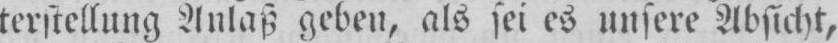
terstellung Anlaß geben, als sei es unsere Absicht,